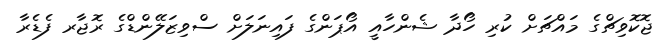
ޖޮކޮވިޗްގެ މައްޗަށް ކުރި ހޯދާ ޝެންހާއީ އޯޕަންގެ ފައިނަލަށް ސްވިޒަލޭންޑްގެ ރޮޖާރ ފެޑެރާ